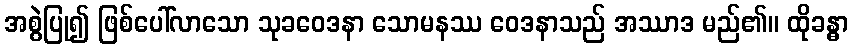
အစွဲပြု၍ ဖြစ်ပေါ်လာသော သုခဝေဒနာ သောမနဿ ဝေဒနာသည် အဿာဒ မည်၏။ ထိုခန္ဓာ